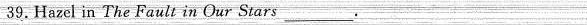
39.Hazel in The Fault in Our Stars ___.